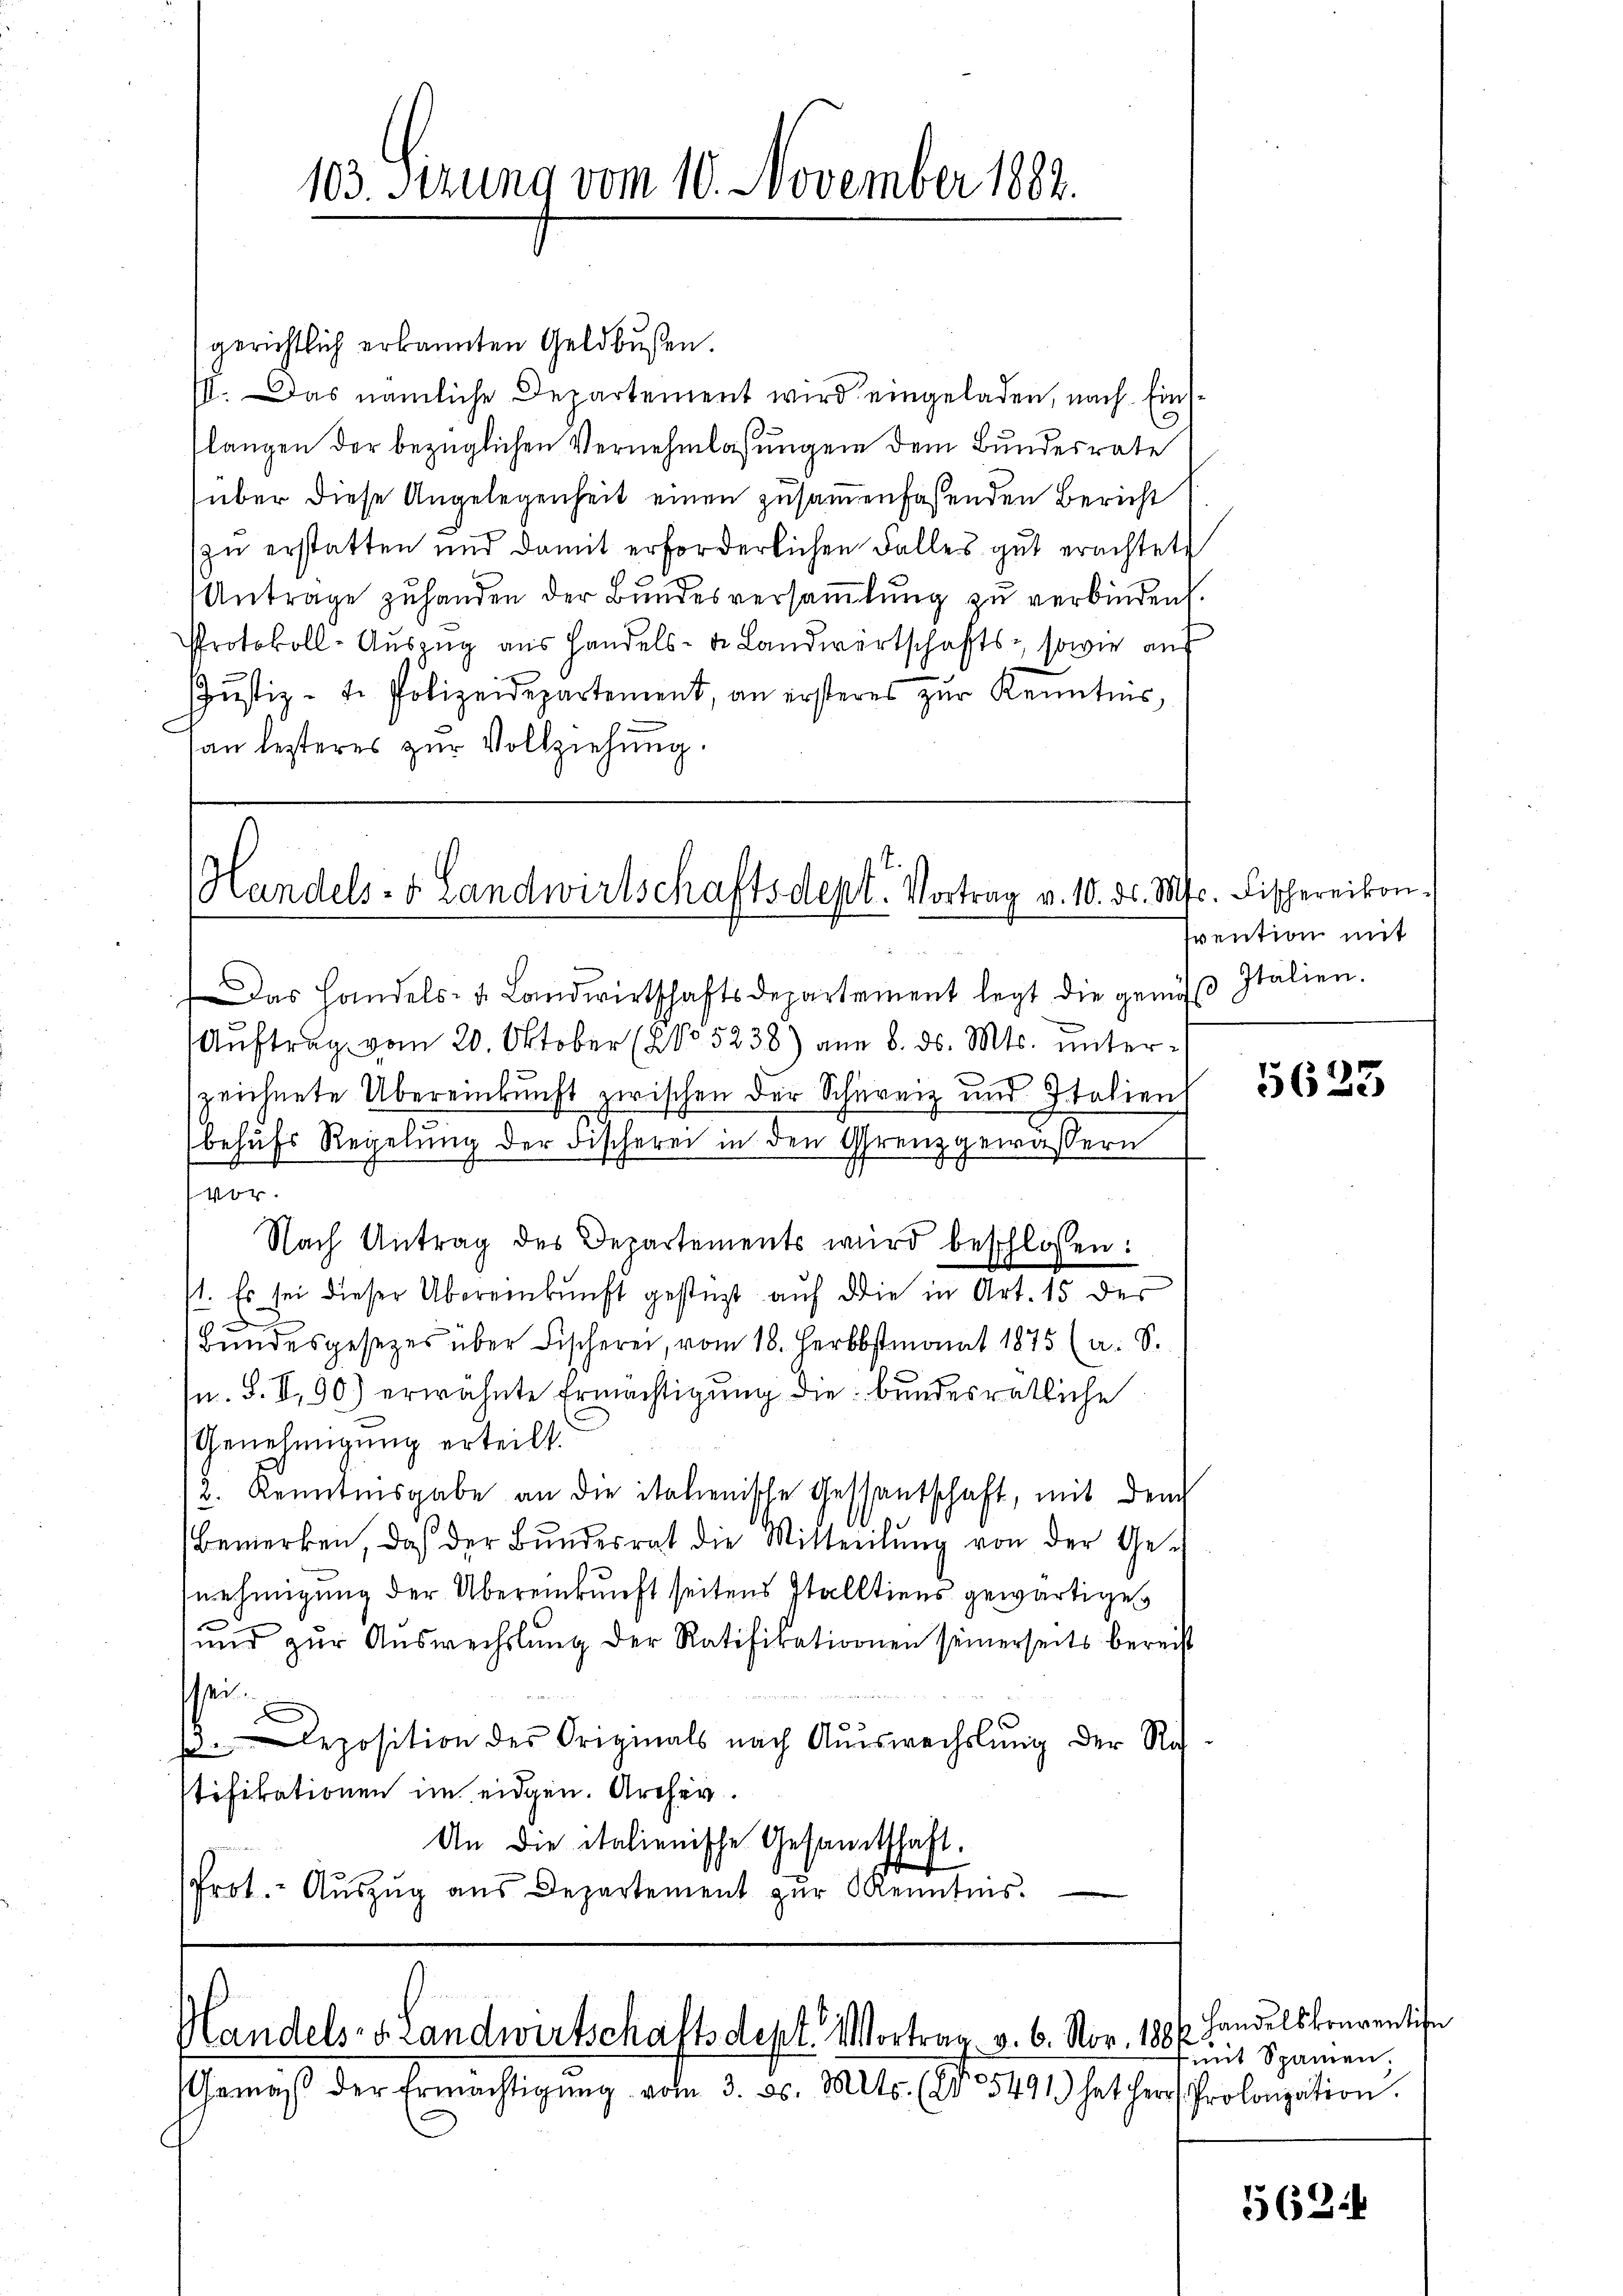
gerichtlich erkannten Geldbußen.
III. Das nämliche Departement wird eingeladen, nach Einsslangen der bezüglichen Vernehmlassungen dem Bundesrate
über diese Angelegenheit einen zusammenfassenden Bericht
zŭ erstatten und damit erforderlichen Falles gut erachtete
Antrage zuhanden der Bundesversammlung zu verbinden.
Protokoll-Auszug aus Handels- u. Landwirtschafts-, sowie auf
Jŭstiz- u. Polizeidepartement, an ersteres zŭr Kenntnis,
an lezteres zur Vollziehung.

103. Sizung vom 10. November 1882.

Handels- & Landwirtschaftsdept. Vortrag v. 10. ds. Mts. Fischereikon.

Das Handels- u. Landwirtschaftsdepartement legt die genus Italien.
Aŭftrag vom 20. Oktober (NNo 5238) am 8. ds. Mts. unterzeichnete Übereinkunft zwischen der Schreiz und Italien
behufs Regelung der Fischerei in den Grenzgewässern
vor.
Nach Antrag des Departements wird beschlossen:
st. Es sei dieser Übereinkunft gestüzt auf die in Art. 15 der
Bundesgesetzes über Fischerei, vom 18. Herbstmonat 1875 (a. S.
n. F. II, 90) erwähnte Ermächtigung die bundesrätliche
Genehmigung erteilt.
2. Kenntnisgabe an die italienische Gestantschaft, mit dem
.
Bemerken, daß der Bŭndesrat die Mitteilŭng von der Ge-
nehmigung der Übereinkunft seitens Stalltiens gewärtige
ŭnd zŭr Aŭswechslung der Ratifikationen seinerseits bereit
sei.
x
eposition des Originals nach Auswechslung der Rich
stifikationen im eidgen. Archiv.
An die italienische Gesandtschaft.
Prot. Aŭszŭg ans Departement zŭr Kenntnis.

Handels- u. Landwirtschaftsdept. Vortrag v. 6. Nov. 1886

Gemäβ der Ermächtigŭng vom 3. ds. Mts. (2. 5491) hat herr Prolongation.

svention mit

5623

handelskonventin
mit Spannen.

562: